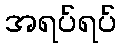
အရပ်ရပ်